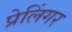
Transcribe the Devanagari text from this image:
प्रेलिंगर